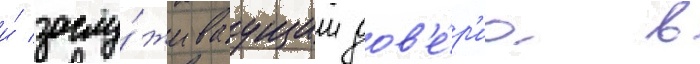
и́ заслу́живаущим дов'е́р'иа в